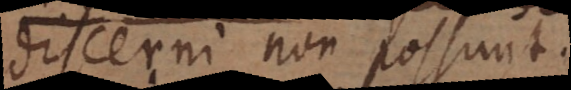
discerni non possunt.